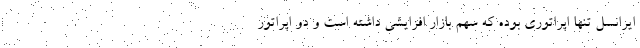
ایرانسل تنها اپراتوری بوده که سهم بازار افزایشی داشته است و دو اپراتور